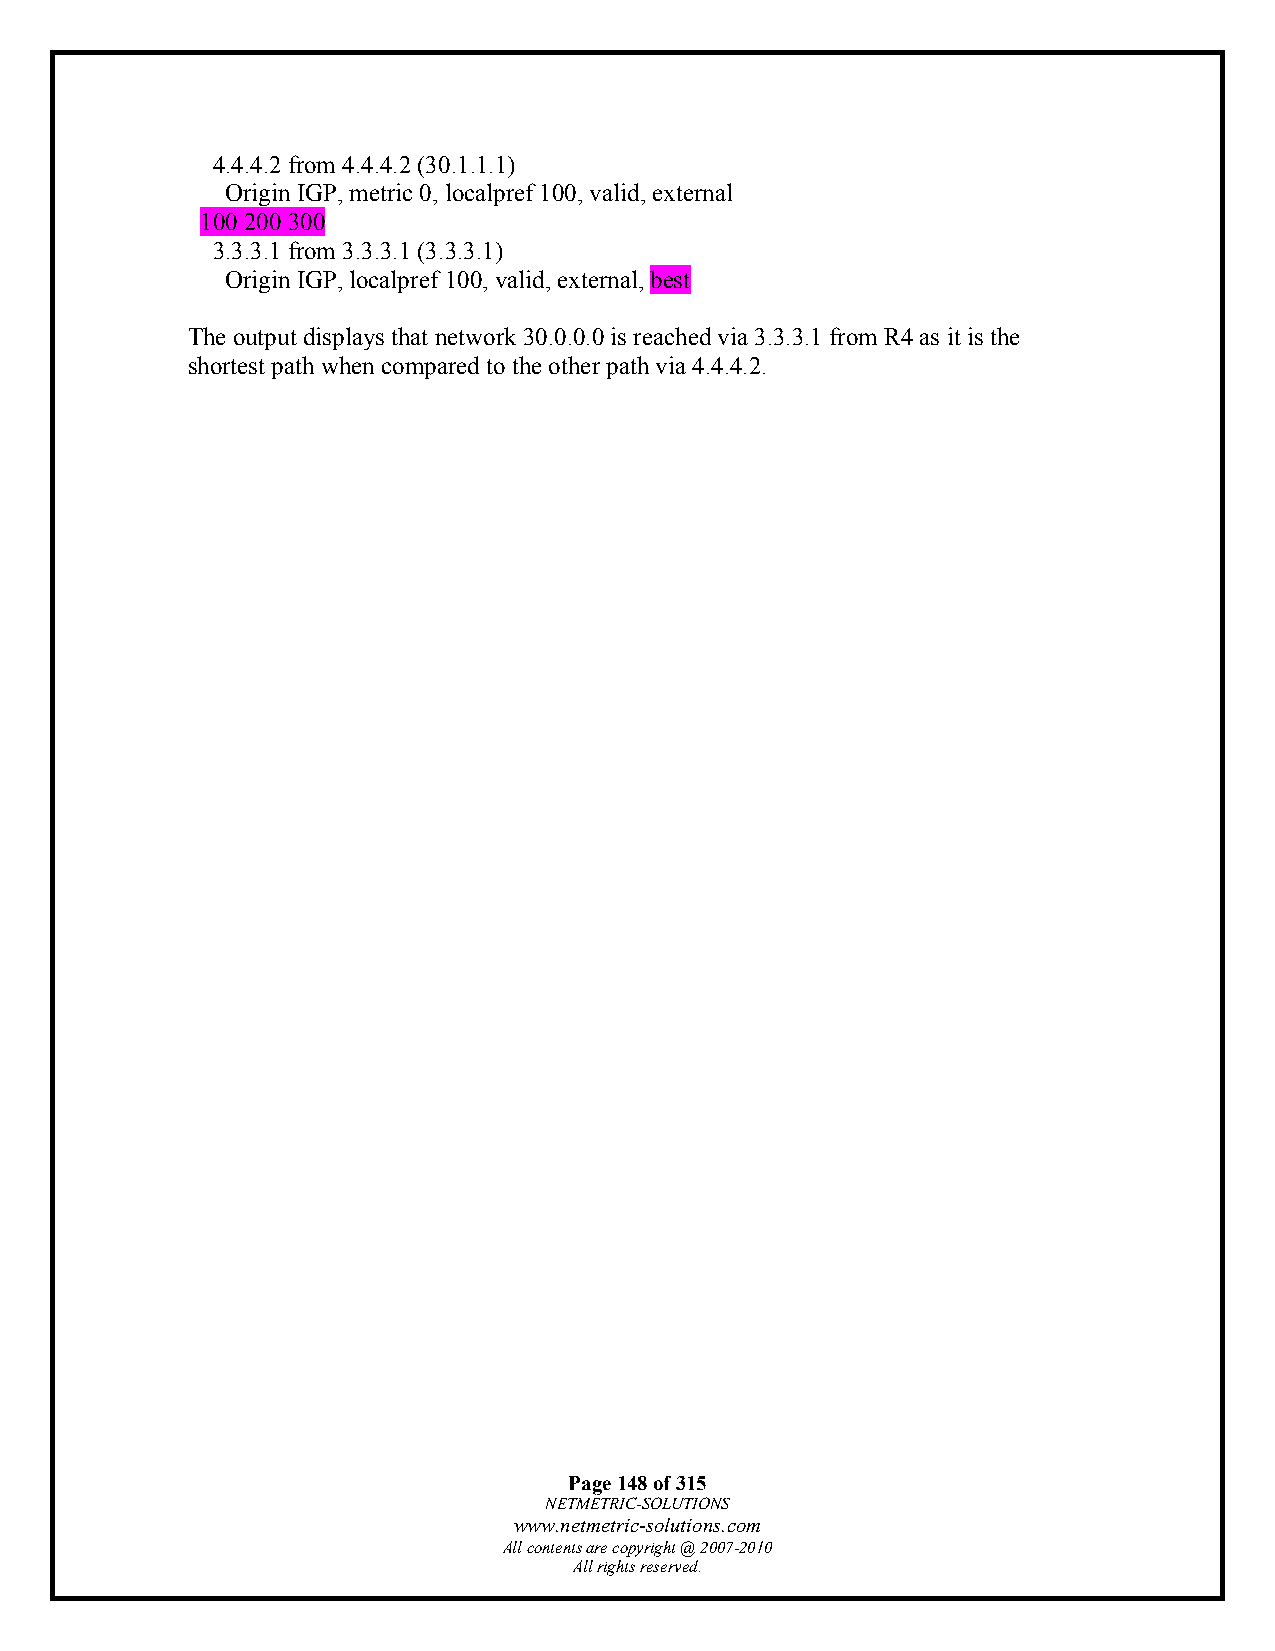
4.4.4.2 from 4.4.4.2 (30.1.1.1)
 Origin IGP, metric 0, localpref 100, valid, external
 100 200 300
 3.3.3.1 from 3.3.3.1 (3.3.3.1)
 Origin IGP, localpref 100, valid, external, best
 The output displays that network 30.0.0.0 is reached via 3.3.3.1 from R4 as it is the
 shortest path when compared to the other path via 4.4.4.2.
 Page 148 of 315
 NETMETRIC-SOLUTIONS
 www.netmetric-solutions.com
 All contents are copyright @ 2007-2010
 All rights reserved.